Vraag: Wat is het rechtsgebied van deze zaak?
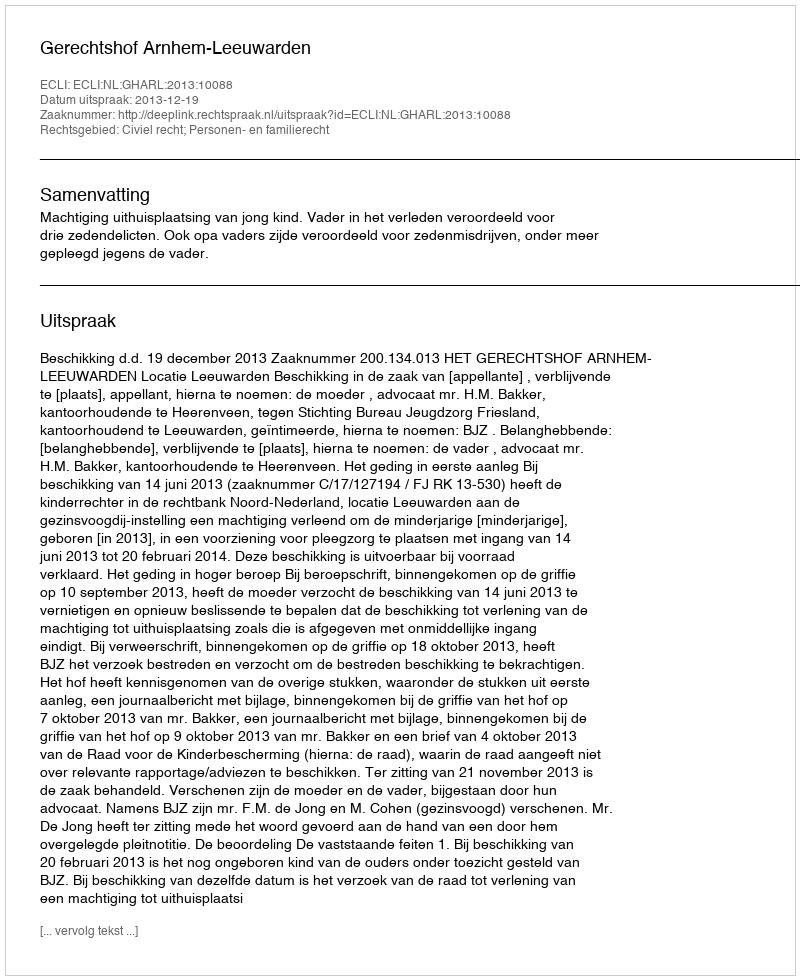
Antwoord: Civiel recht; Personen- en familierecht